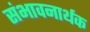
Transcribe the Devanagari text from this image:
संभावनार्थक